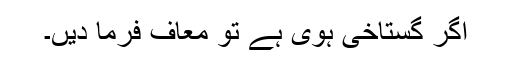
اگر گستاخی ہوی ہے تو معاف فرما ديں۔